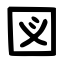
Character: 図